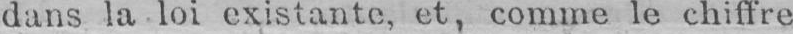
dans la loi existante, et, comme le chiffre